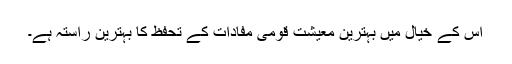
اس کے خیال میں بہترین معیشت قومی مفادات کے تحفظ کا بہترین راستہ ہے۔